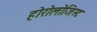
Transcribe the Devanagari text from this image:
होरोलोजिस्ट